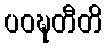
ပဝဍ္ဎတီတိ